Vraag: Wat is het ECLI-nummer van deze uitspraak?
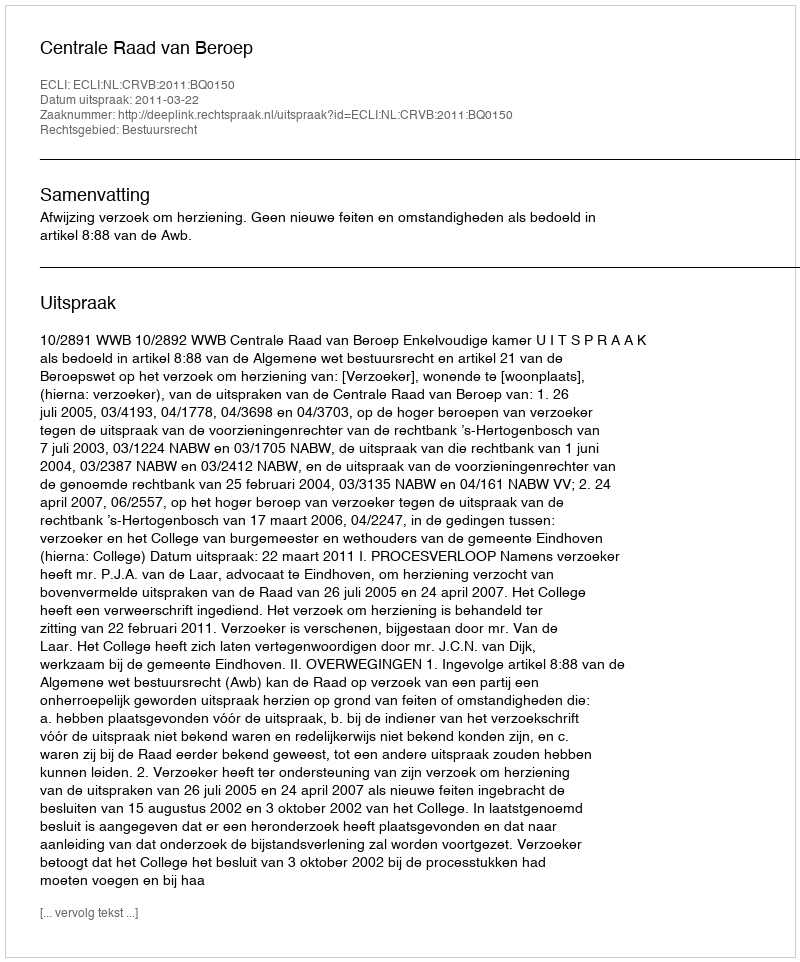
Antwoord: ECLI:NL:CRVB:2011:BQ0150